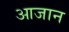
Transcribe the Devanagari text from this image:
आजान